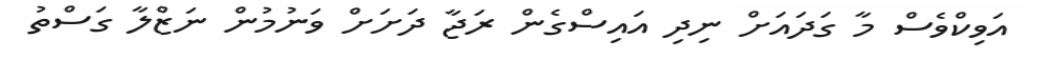
އަވިކްވެސް މާ ގަދައަށް ނިދި އައިސްގެން ރަޖާ ދަށަށް ވަނުމުން ނަޒްލާ ގަސްތު